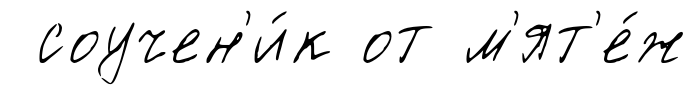
соучен'и́к от м'ят'е́ж